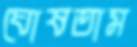
ঘোষতাম